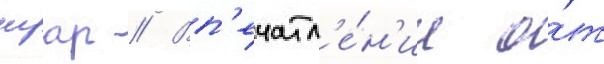
нуар // Вп'ечатл'е́н'ие о́т